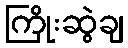
ကြိုးဆွဲချ